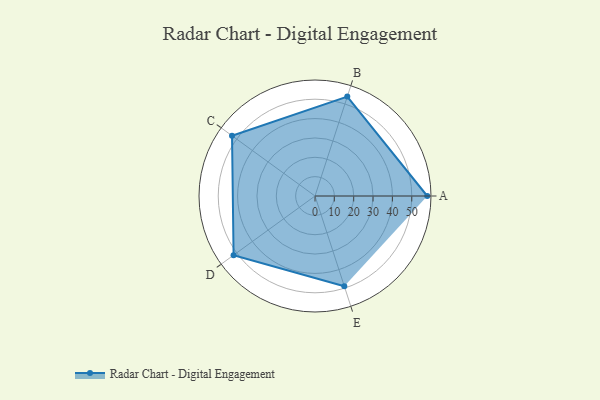
{"axis": {"x": "Skill", "y": "Score"}, "legend": ["Profile"], "data": [{"x": "A", "y": 58.0, "type": "Profile"}, {"x": "B", "y": 54.0, "type": "Profile"}, {"x": "C", "y": 53.0, "type": "Profile"}, {"x": "D", "y": 52.0, "type": "Profile"}, {"x": "E", "y": 49.0, "type": "Profile"}]}